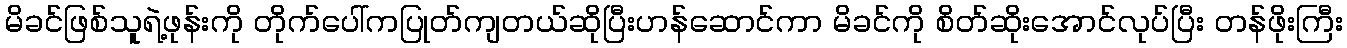
မိခင်ဖြစ်သူရဲ့ဖုန်းကို တိုက်ပေါ်ကပြုတ်ကျတယ်ဆိုပြီးဟန်ဆောင်ကာ မိခင်ကို စိတ်ဆိုးအောင်လုပ်ပြီး တန်ဖိုးကြီး